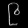
Digit: ၉